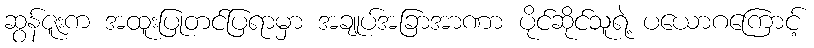
ဆွန်ဇူးက အထူးပြုတင်ပြရာမှာ အချုပ်အခြာအာဏာ ပိုင်ဆိုင်သူရဲ့ ပယောဂကြောင့်